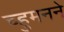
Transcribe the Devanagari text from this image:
च्हुमनने